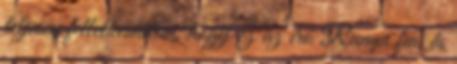
teljesen fellelkesültem, hogy ez az író Rumpi fia, és